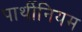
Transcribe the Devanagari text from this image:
पार्थीनियम